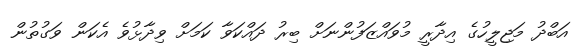
އަބްދު މަޖިލީހުގެ އިދާރީ މުވައްޒަފުންނަށް ބިރު ދައްކަވާ ކަމަށް ވިދާޅުވެ އެކަން ވަގުތުން